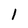
Character: 1